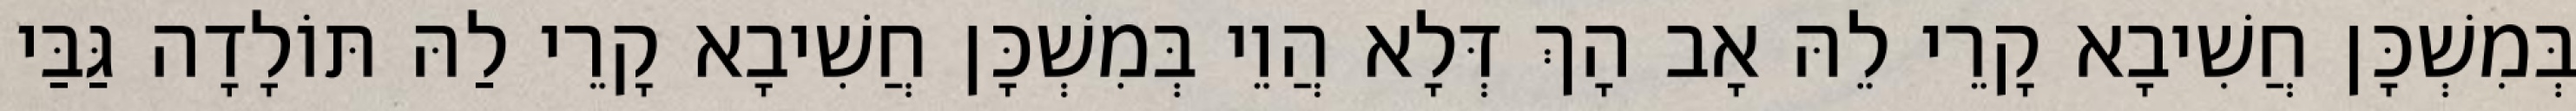
בְּמִשְׁכָּן חֲשִׁיבָא קָרֵי לֵהּ אָב הָךְ דְּלָא הֲוֵי בְּמִשְׁכָּן חֲשִׁיבָא קָרֵי לַהּ תּוֹלָדָה גַּבַּי